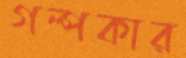
গল্পকার